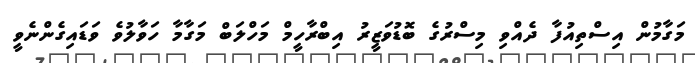
މަގާމުން އިސްތިއުފާ ދެއްވި މިސްރުގެ ބޮޑުވަޒީރު އިބްރާހީމް މަހްލަބް މަގާމާ ހަވާލުވެ ވަޑައިގެންނެވީ